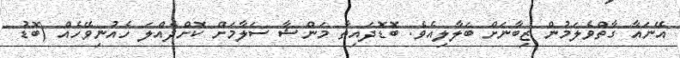
އޭނައާ ގާތްވެލަމުން ޒިބާނަށް ބަލާލިއެވެ. ބޮޑޮދައިތާ މަންޝާ ސަލާމަށް ކޮށްދެއްލަ ހެއުނިވޭހެއް (ބޮޑު